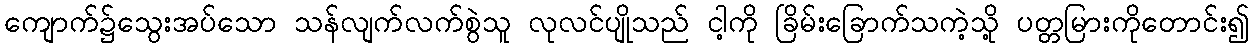
ကျောက်၌သွေးအပ်သော သန်လျက်လက်စွဲသူ လုလင်ပျိုသည် ငါ့ကို ခြိမ်းခြောက်သကဲ့သို့ ပတ္တမြားကိုတောင်း၍